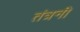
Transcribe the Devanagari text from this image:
तंत्रनी